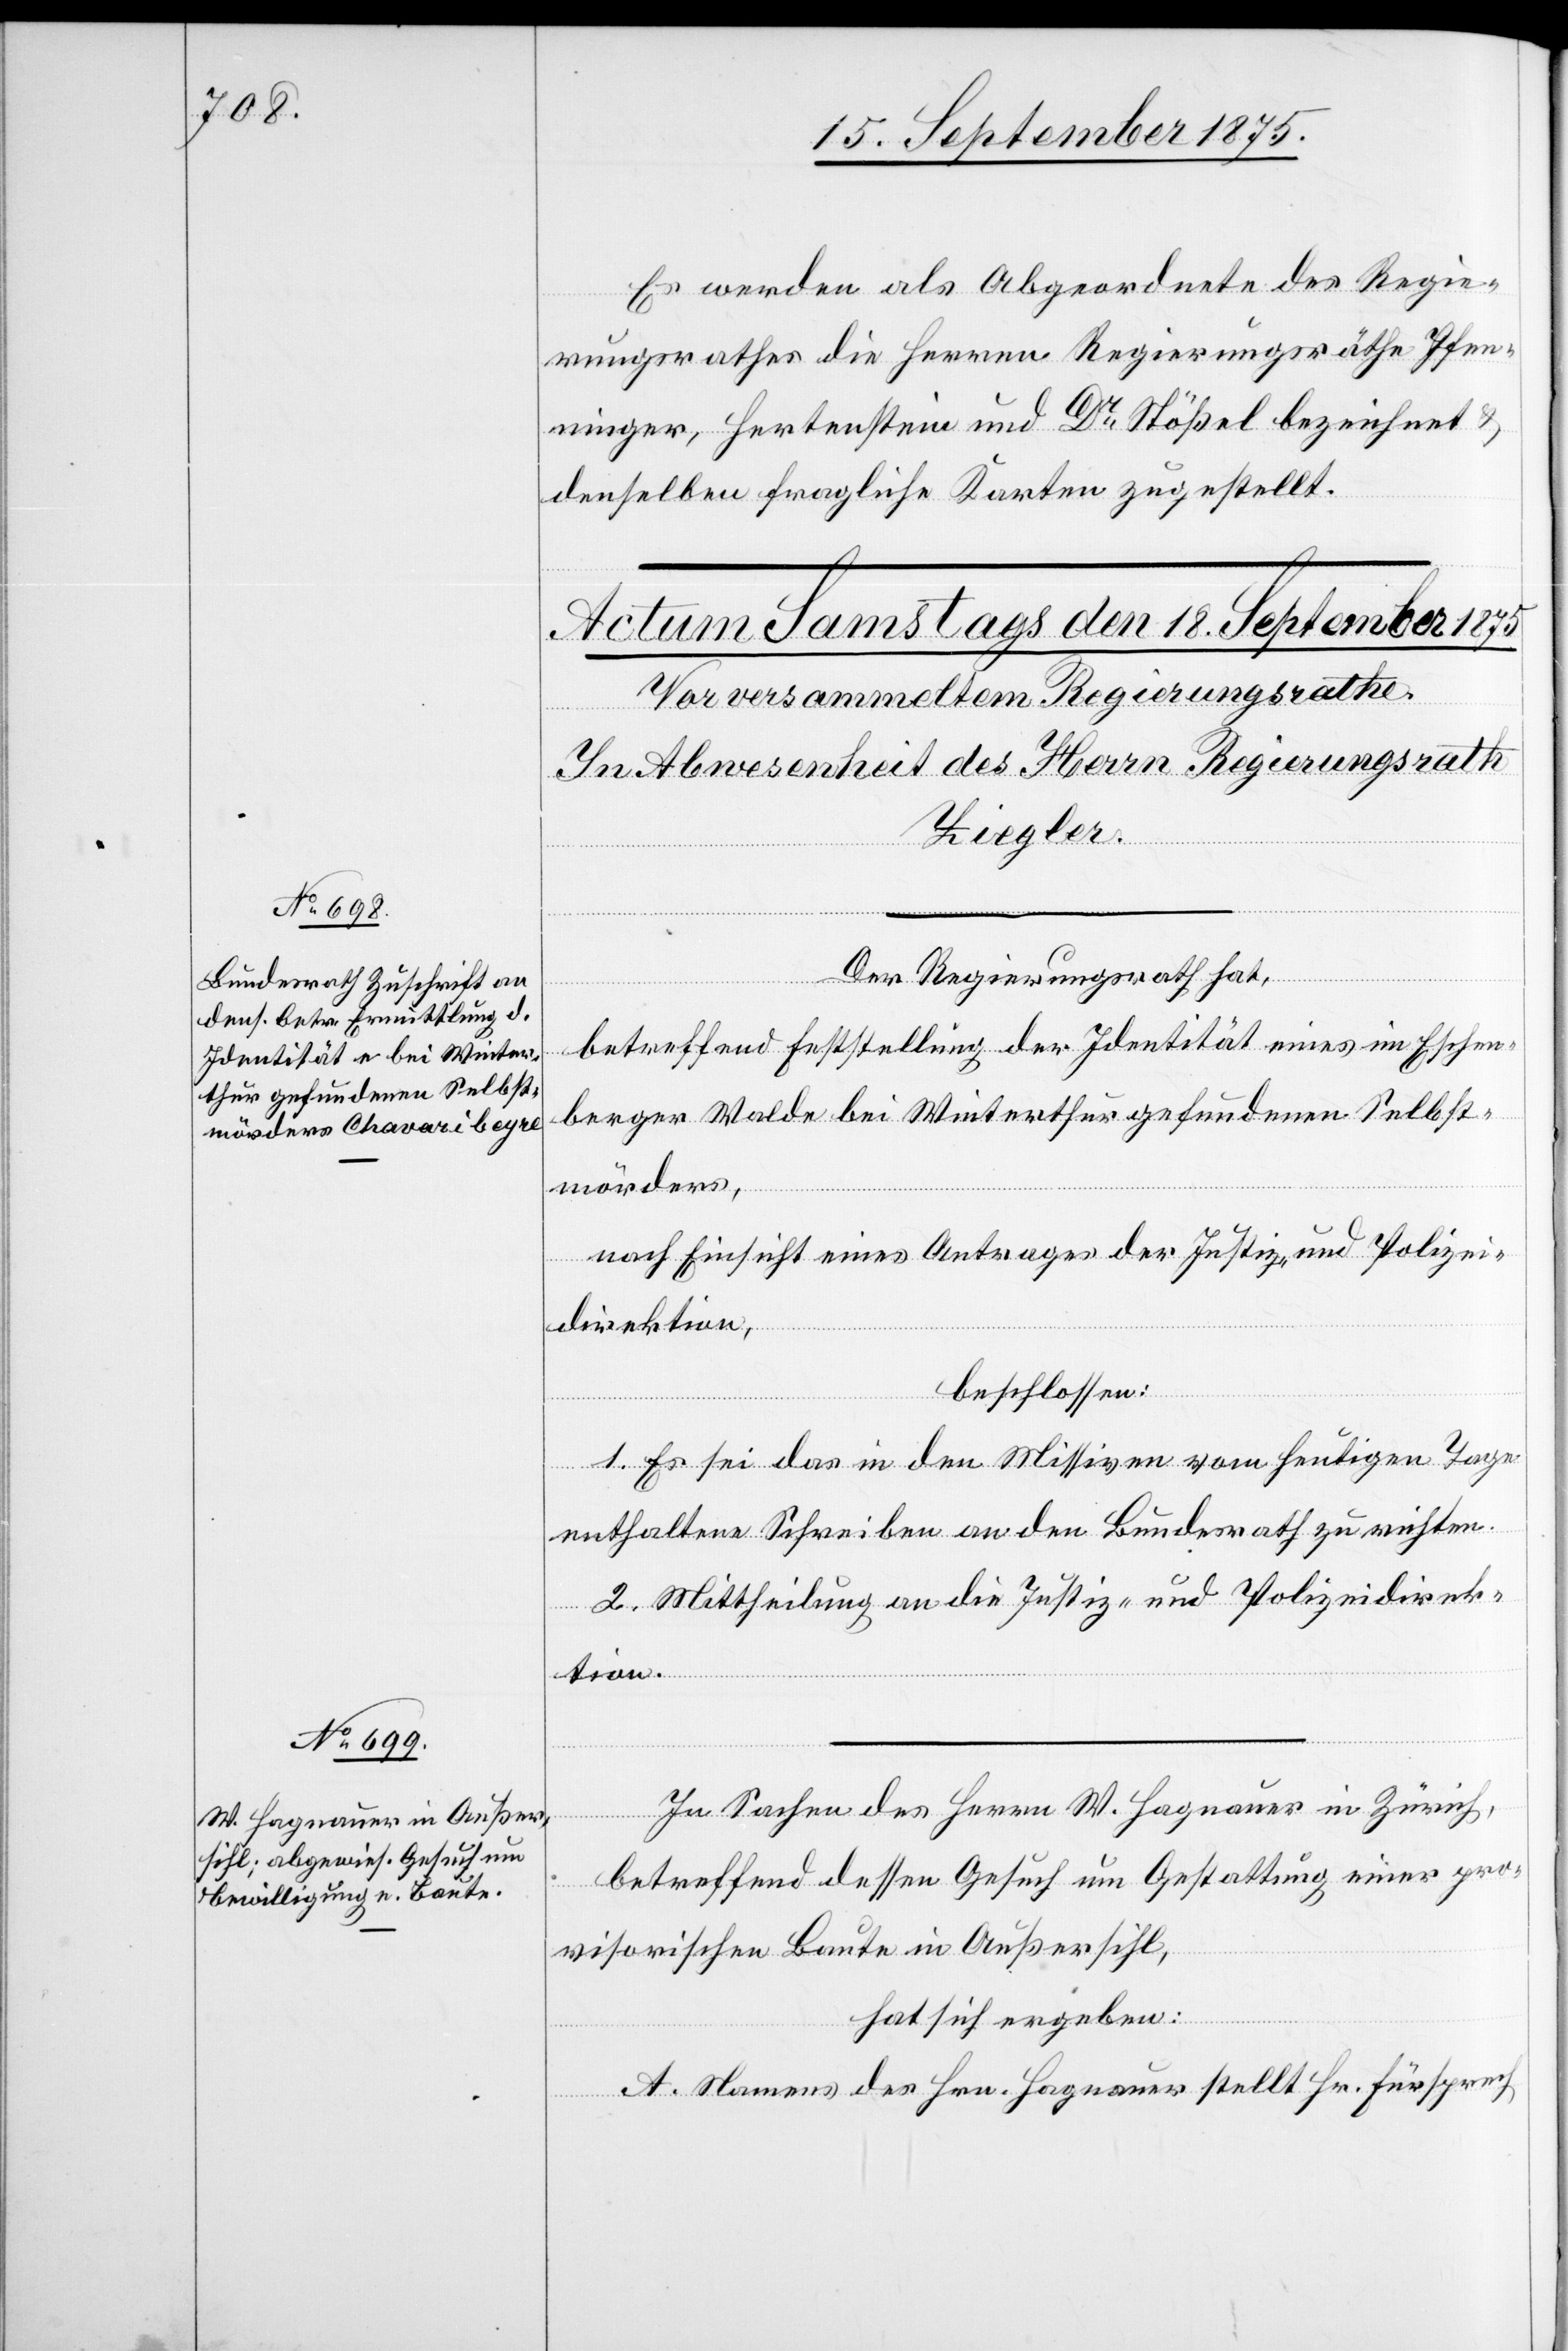
Es werden als Abgeordnete des Regie¬
rungsrathes die Herren Regierungsräthe Pfen¬
ninger, Hertenstein und Dr Stößel bezeichnet &
denselben fragliche Karten zugestellt.
Der Regierungsrath hat,
betreffend Feststellung der Identität eines im Eschen¬
berger Walde bei Winterthur gefundenen Selbst¬
mörders,
nach Einsicht eines Antrages der Justiz- und Polizei¬
direktion,
beschlossen:
1. Es sei das in den Missiven vom heutigen Tage
enthaltene Schreiben an den Bundesrath zu richten.
2. Mittheilung an die Justiz- und Polizeidirek¬
tion.
In Sachen des Herrn W. Hagnauer in Zürich,
betreffend dessen Gesuch um Gestattung einer pro¬
visorischen Baute in Außersihl,
hat sich ergeben:
A. Namens des Hrn. Hagnauer stellt Hr. Fürsprech